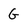
Character: G